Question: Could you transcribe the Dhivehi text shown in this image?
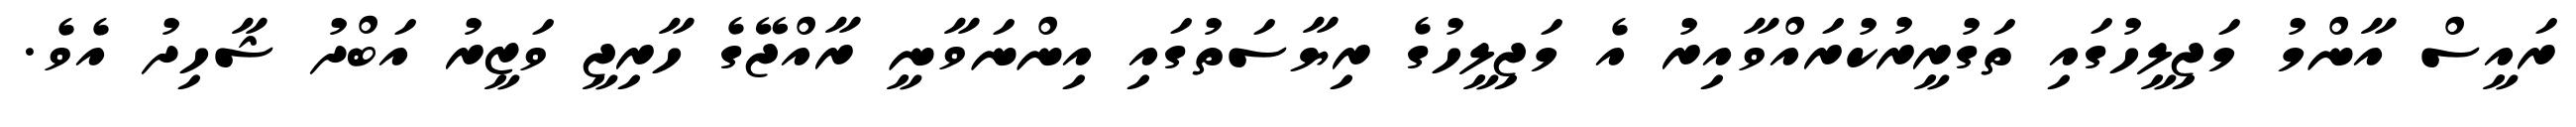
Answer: ރައީސް އާންމު މަޖިލީހުގައި ތަގުރީރުކުރައްވާއިރު އެ މަޖިލީހުގެ ރިޔާސަތުގައި އިންނަވާނީ ރާއްޖޭގެ ހާރިޖީ ވަޒީރު އަބްދު ޝާހިދު އެވެ.